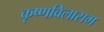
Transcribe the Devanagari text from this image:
कृष्णविलासम